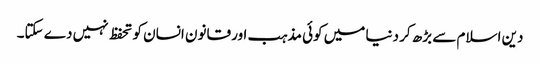
دین اسلام سے بڑھ کر دنیا میں کوئی مذہب اور قانون انسان کو تحفظ نہیں دے سکتا۔